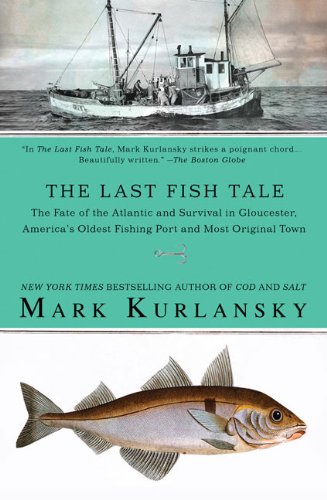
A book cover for The Last Fish Tale; Mark Kurlansky; Humor & Entertainment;